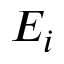
E _ { i }